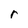
Character: r